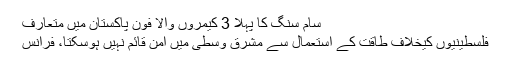
سام سنگ کا پہلا 3 کیمروں والا فون پاکستان میں متعارف
فلسطینیوں کیخلاف طاقت کے استعمال سے مشرق وسطیٰ میں امن قائم نہیں ہوسکتا، فرانس